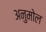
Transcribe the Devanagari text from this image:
अनुमोल